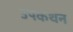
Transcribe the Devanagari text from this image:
उपकथन